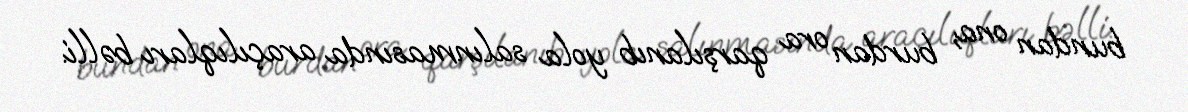
bundan ona, burdan ora qarşılanıb yola salınmasında araçılıqları bəlli.